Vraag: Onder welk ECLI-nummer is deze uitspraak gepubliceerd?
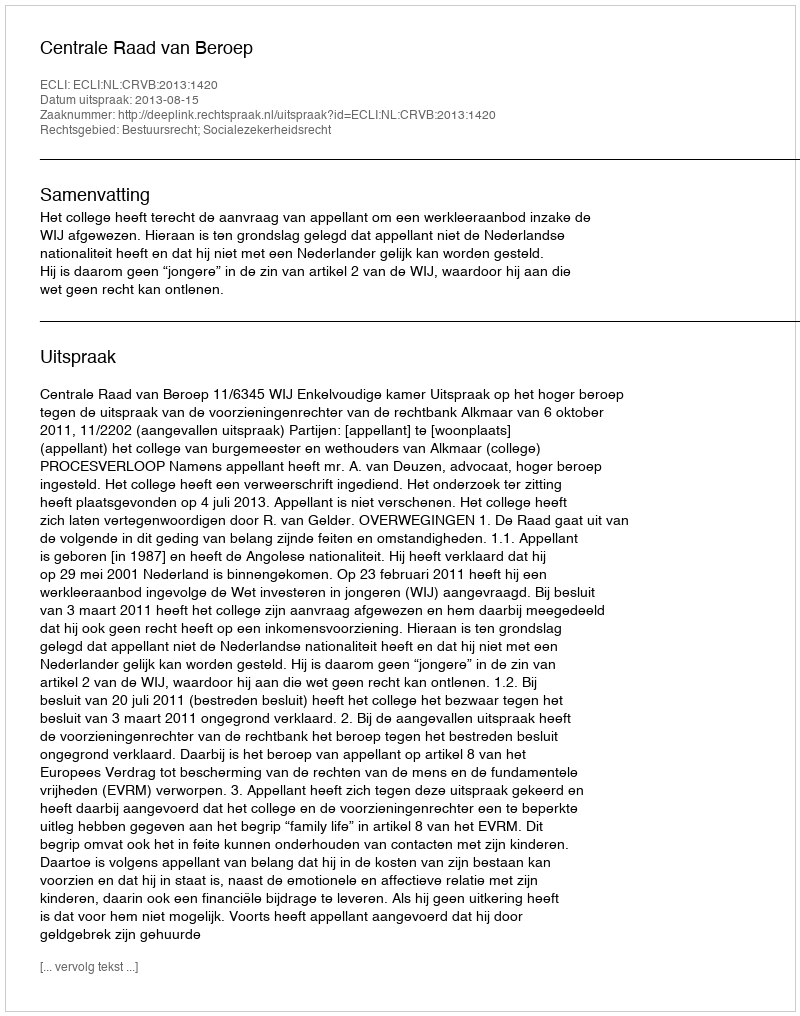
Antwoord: ECLI:NL:CRVB:2013:1420